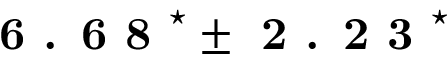
\textbf { 6 . 6 8 } ^ { \star } \pm \textbf { 2 . 2 3 } ^ { \star }